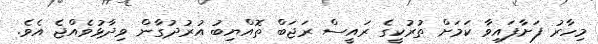
މިހާރު ފަށާފައިވާ ކަމަށް ތުރުކީގެ ރައީސް ރަޖަބް ތޮއްޔިބު އުރުދުގާން ވިދާޅުވެއްޖެ އެވެ.